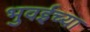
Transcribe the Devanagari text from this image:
भुवईच्या